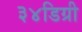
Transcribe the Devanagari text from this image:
३४डिग्री